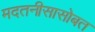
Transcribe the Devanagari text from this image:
मदतनीसासोबत